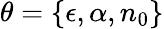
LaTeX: \theta=\{ \epsilon,\alpha,n_{0}\}